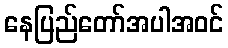
နေပြည်တော်အပါအဝင်